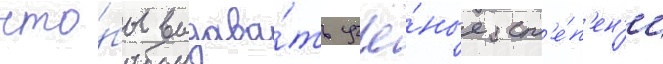
что́бы выдава́ть учё́ные ст'е́п'ен'и